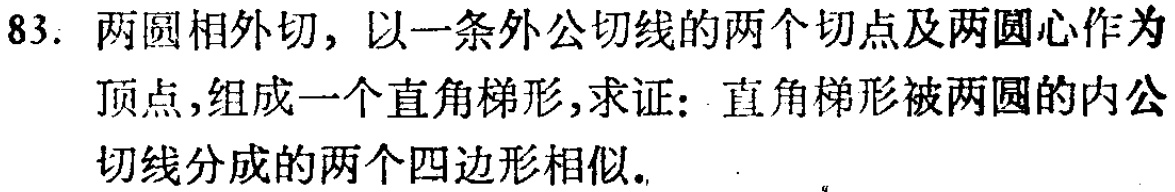
83. 两圆相外切，以一条外公切线的两个切点及两圆心作为
顶点，组成一个直角梯形，求证：直角梯形被两圆的内公
切线分成的两个四边形相似.